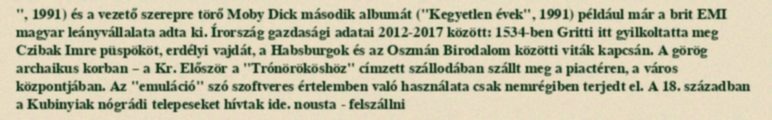
", 1991) és a vezető szerepre törő Moby Dick második albumát ("Kegyetlen évek", 1991) például már a brit EMI magyar leányvállalata adta ki. Írország gazdasági adatai 2012-2017 között: 1534-ben Gritti itt gyilkoltatta meg Czibak Imre püspököt, erdélyi vajdát, a Habsburgok és az Oszmán Birodalom közötti viták kapcsán. A görög archaikus korban – a Kr. Először a "Trónörököshöz" címzett szállodában szállt meg a piactéren, a város központjában. Az "emuláció" szó szoftveres értelemben való használata csak nemrégiben terjedt el. A 18. században a Kubinyiak nógrádi telepeseket hívtak ide. nousta - felszállni